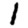
Digit: 1